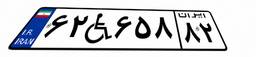
۶۲W۶۵۸۸۲